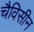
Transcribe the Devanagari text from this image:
चैविसीन